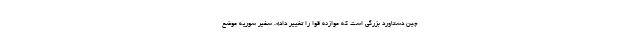
چین دستاورد بزرگی است که موازنه قوا را تغییر داد». سفیر سوریه موضع